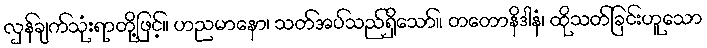
လှန်ချက်သုံးရာတို့ဖြင့်။ ဟညမာနော၊ သတ်အပ်သည်ရှိသော်။ တတောနိဒါနံ၊ ထိုသတ်ခြင်းဟူသော